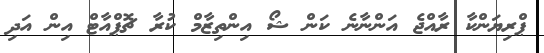
ޕްރިޔަންކާ ރާއްޖެ އަންނާނެ ކަން ޝޯ އިންތިޒާމް ކުރާ ޗޮޕްއާޓް އިން އަދި